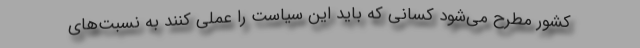
کشور مطرح می‌شود کسانی که باید این سیاست را عملی کنند به نسبت‌های